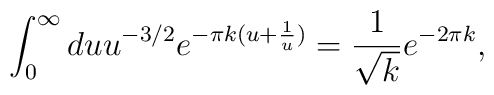
\int _{0}^{\infty}du u^{-3/2}e^{-\pi k (u+\frac {1}{u})}=\frac {1}{\sqrt {k }}e^{-2\pi k },